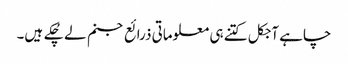
چاہے آجکل کتنے ہی معلوماتی ذرائع جنم لے چُکے ہیں۔